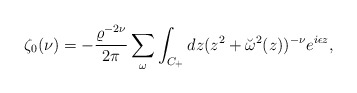
\begin{align*}\zeta_0(\nu)=-{\varrho^{-2\nu} \over 2\pi }\sum_\omega\int_{C_+}dz(z^2+\breve{\omega}^2(z))^{-\nu}e^{i\epsilon z},\end{align*}